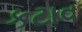
કટાવ